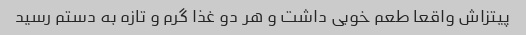
پیتزاش واقعا طعم خوبی داشت و هر دو غذا گرم و تازه به دستم رسید